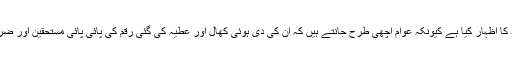
کراچی کے عوام نے جماعت اسلامی اور الخدمت پر ہمیشہ اعتماد کا اظہار کیا ہے کیونکہ عوام اچھی طرح جانتے ہیں کہ ان کی دی ہوئی کھال اور عطیہ کی گئی رقم کی پائی پائی مستحقین اور ضرورت مندوں پر خرچ ہوتی ہے ملک سے باہر نہیں بھیجی جاتی ۔